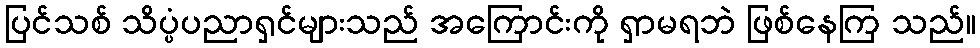
ပြင်သစ် သိပ္ပံပညာရှင်များသည် အကြောင်းကို ရှာမရဘဲ ဖြစ်နေကြ သည်။